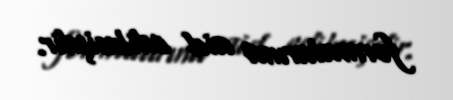
formalarına aid edilmişdir.